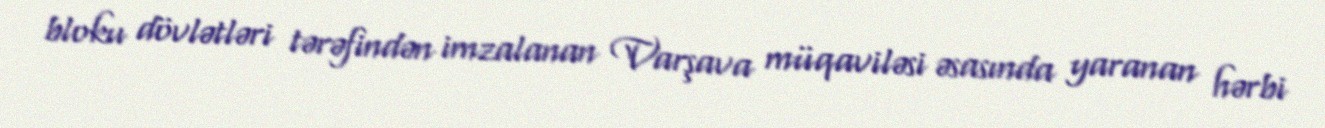
bloku dövlətləri tərəfindən imzalanan Varşava müqaviləsi əsasında yaranan hərbi